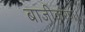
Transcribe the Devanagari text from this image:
बाजीकरण।